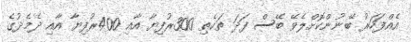
އެއްފަހަރު ބޭނުންކޮށްލެވޭ ބޭސް ފަދަ ތަކެތި 300ރުފިޔާ އާއި 400ރުފިޔާ އާއި ދެމެދުގެ